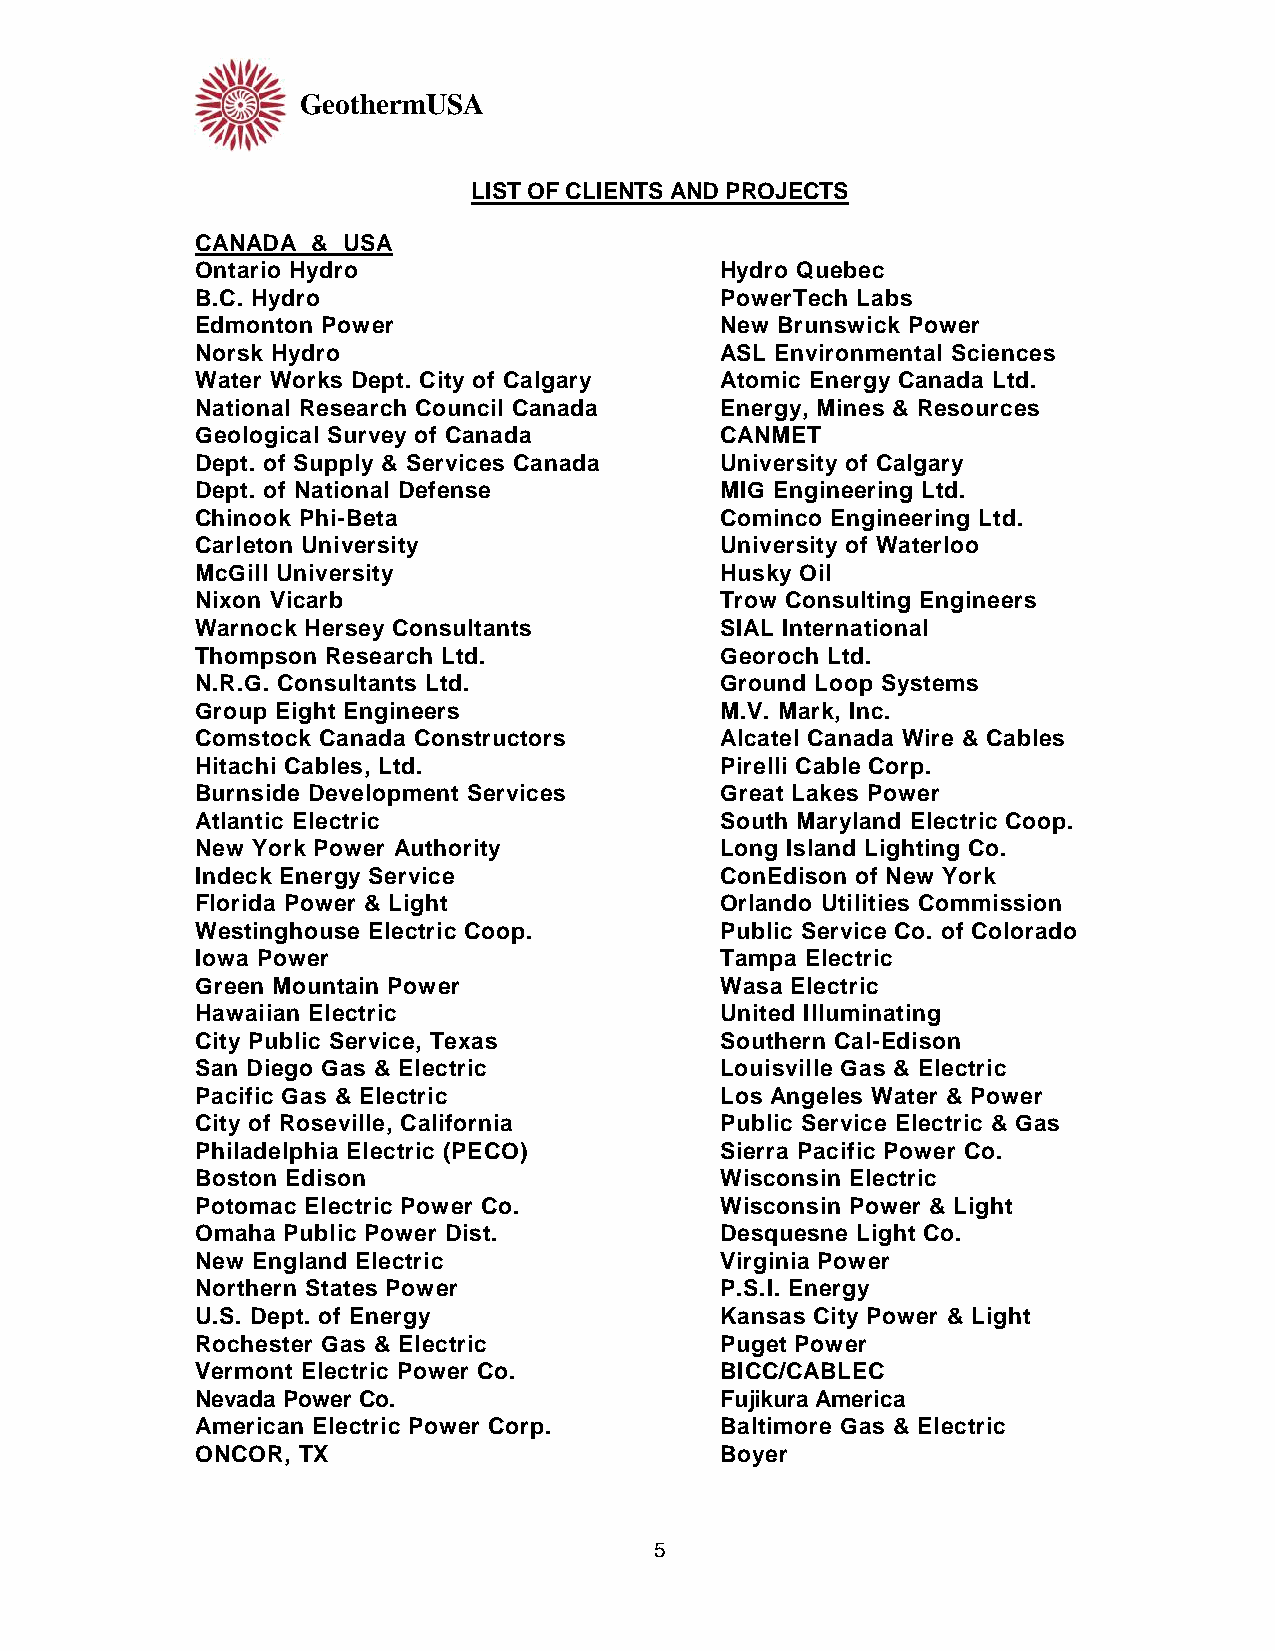
GeothermUSA
 LIST OF CLIENTS AND PROJECTS
 CANADA  & USA
 Ontario Hydro                      Hydro Quebec
 B.C. Hydro                         PowerTech Labs
 Edmonton Power                     New Brunswick Power
 Norsk Hydro                        ASL Environmental Sciences
 Water Works Dept. City of Calgary  Atomic Energy Canada Ltd.
 National Research Council Canada   Energy, Mines & Resources
 Geological Survey of Canada        CANMET
 Dept. of Supply & Services Canada  University of Calgary
 Dept. of National Defense          MIG Engineering Ltd.
 Chinook Phi-Beta                   Cominco Engineering Ltd.
 Carleton University                University of Waterloo
 McGill University                  Husky Oil
 Nixon Vicarb                       Trow Consulting Engineers
 Warnock Hersey Consultants         SIAL International
 Thompson Research Ltd.             Georoch Ltd.
 N.R.G. Consultants Ltd.            Ground Loop Systems
 Group Eight Engineers              M.V. Mark, Inc.
 Comstock Canada Constructors       Alcatel Canada Wire & Cables
 Hitachi Cables, Ltd.               Pirelli Cable Corp.
 Burnside Development Services      Great Lakes Power
 Atlantic Electric                  South Maryland Electric Coop.
 New York Power Authority           Long Island Lighting Co.
 Indeck Energy Service              ConEdison of New York
 Florida Power & Light              Orlando Utilities Commission
 Westinghouse Electric Coop.        Public Service Co. of Colorado
 Iowa Power                         Tampa Electric
 Green Mountain Power               Wasa Electric
 Hawaiian Electric                  United Illuminating
 City Public Service, Texas         Southern Cal-Edison
 San Diego Gas & Electric           Louisville Gas & Electric
 Pacific Gas & Electric             Los Angeles Water & Power
 City of Roseville, California      Public Service Electric & Gas
 Philadelphia Electric (PECO)       Sierra Pacific Power Co.
 Boston Edison                      Wisconsin Electric
 Potomac Electric Power Co.         Wisconsin Power & Light
 Omaha Public Power Dist.           Desquesne Light Co.
 New England Electric               Virginia Power
 Northern States Power              P.S.I. Energy
 U.S. Dept. of Energy               Kansas City Power & Light
 Rochester Gas & Electric           Puget Power
 Vermont Electric Power Co.         BICC/CABLEC
 Nevada Power Co.                   Fujikura America
 American Electric Power Corp.      Baltimore Gas & Electric
 ONCOR, TX                          Boyer
 5